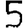
Digit: 5